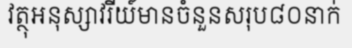
វត្ថុអនុស្សាវរីយ៍មានចំនួនសរុប៨០នាក់